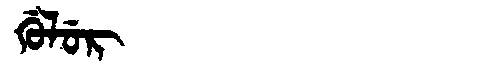
Manchu: ᡤᡠᠯᡠᡵ
Romanization: GULUR